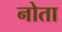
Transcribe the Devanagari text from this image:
नोता